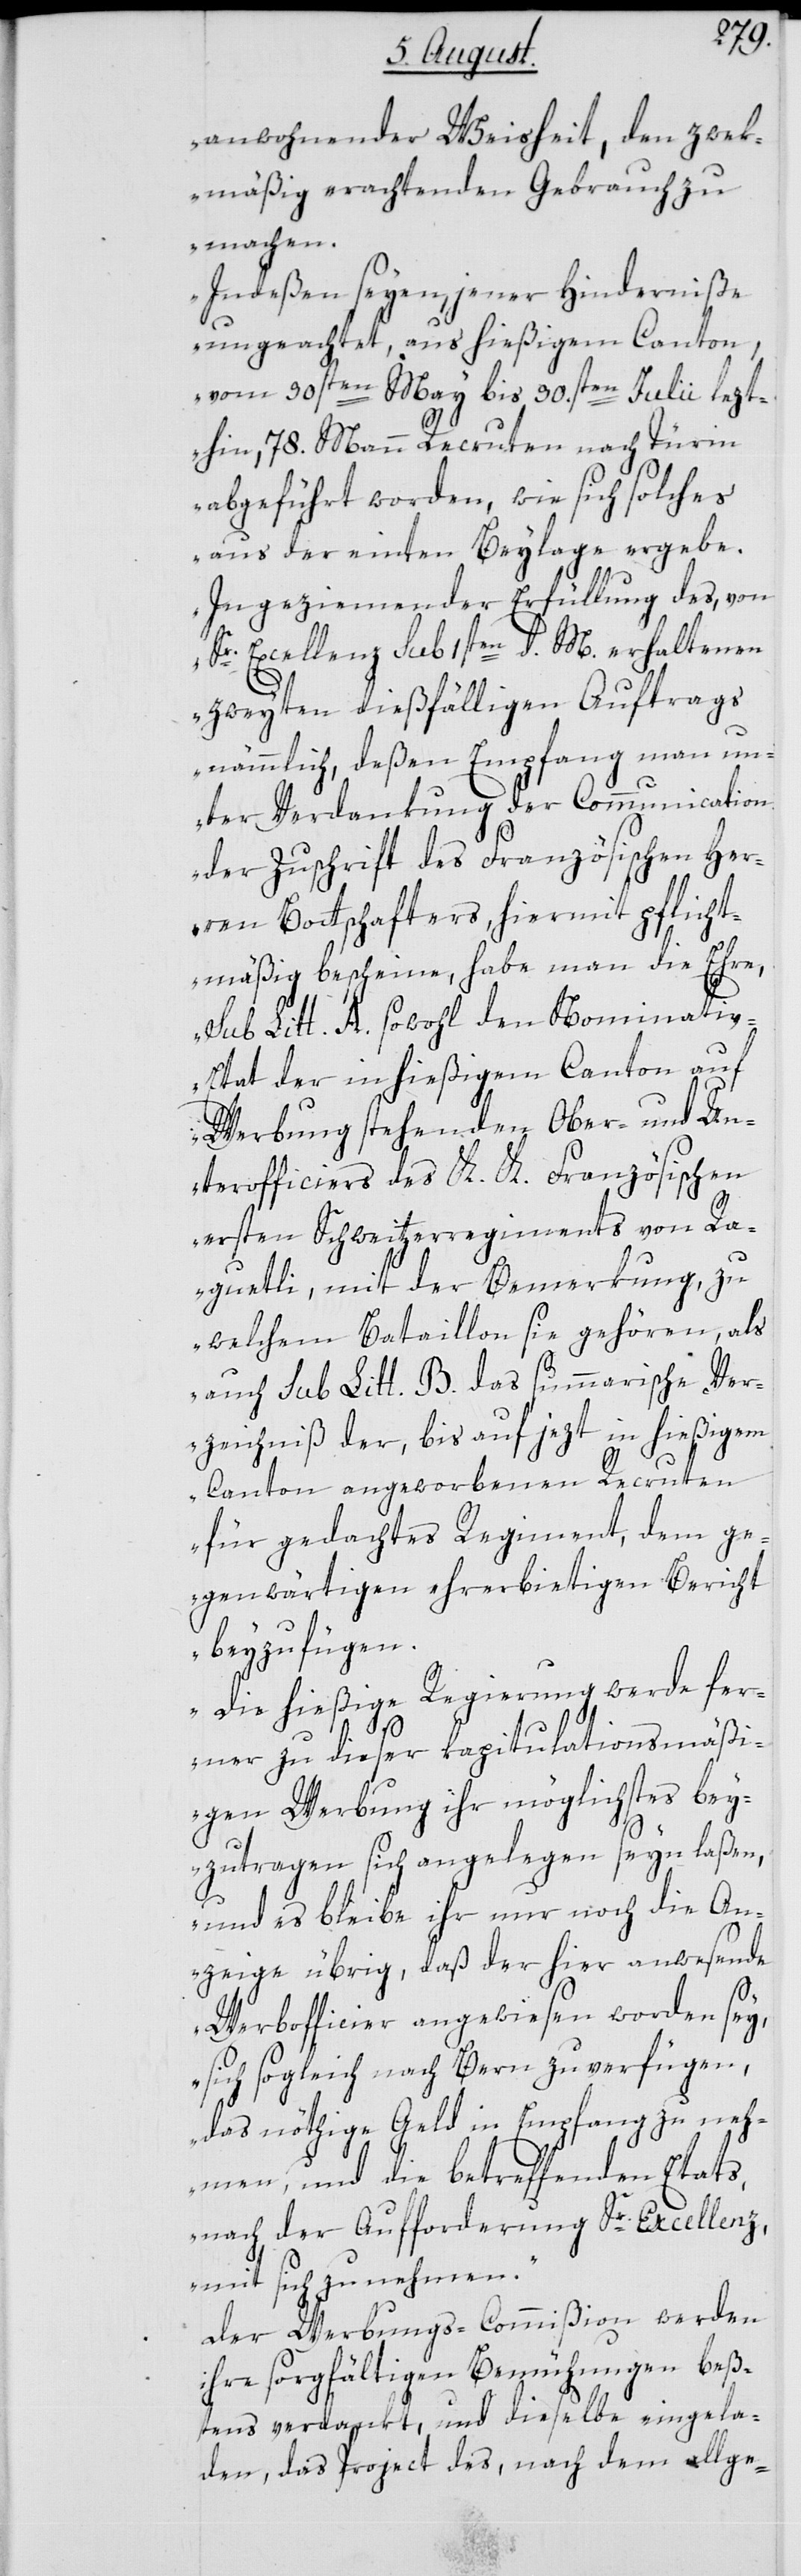
anwohnender Weisheit, den zwek¬
mäßig erachtenden Gebrauch zu
machen.
Indeßen seyen, jener Hinderniße
ungeachtet, aus hießigem Canton,
vom 30sten May bis 30.sten Julii lezt¬
hin, 78. Mann Recruten nach Turin
abgeführt worden, wie sich solches
aus der einten Beylage ergebe.
In geziemender Erfüllung des, von
Sr. Excellenz sub 1sten d. M erhaltenen
zweyten dießfälligen Auftrags
nämmlich, deßen Empfang man un¬
ter Verdankung der Communication
der Zuschrift des Französischen Her¬
ren Bottschafters, hiermit pflicht¬
mäßig bescheine, habe man die Ehre,
sub Litt. A sowohl den Nominati¬
v-Etat der in hießigem Canton auf
Werbung stehenden Ober- und Un¬
terofficiers des K. K. Französischen
ersten Schweitzerregiments von Ra¬
guetli, mit der Bemerkung, zu
welchem Bataillon sie gehören, als
auch sub Litt. B das summarische Ver¬
zeichniß der, bis auf jezt in hießigem
Canton angeworbenen Recruten
für gedachtes Regiment, dem ge¬
genwärtigen ehrerbietigen Bericht
beyzufügen.
Die hießige Regierung werde fer¬
ner zu dieser kapitulationsmäßi¬
gen Werbung ihr möglichstes bey¬
zutragen sich angelegen seyn laßen,
und es bleibe ihr nur noch die An¬
zeige übrig, daß der hier anwesende
Werbofficier angewiesen worden sey,
sich sogleich nach Bern zu verfügen,
das nöthige Geld in Empfang zu neh¬
men, und die betreffenden Etats,
nach der Aufforderung Sr. Excellenz,
mit sich zu nehmen.“
Der Werbungs-Commißion werden
ihre sorgfältigen Bemühungen beß¬
tens verdankt, und dieselbe eingela¬
den, das Project des, nach dem allge-